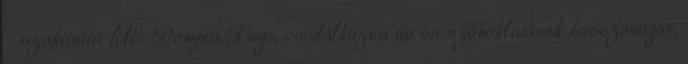
- szakította félbe Ponyva Hugó, csodálkozva társa szónoklatának hosszúságán,